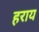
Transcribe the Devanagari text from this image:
हराय